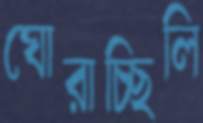
ঘোরাচ্ছিলি